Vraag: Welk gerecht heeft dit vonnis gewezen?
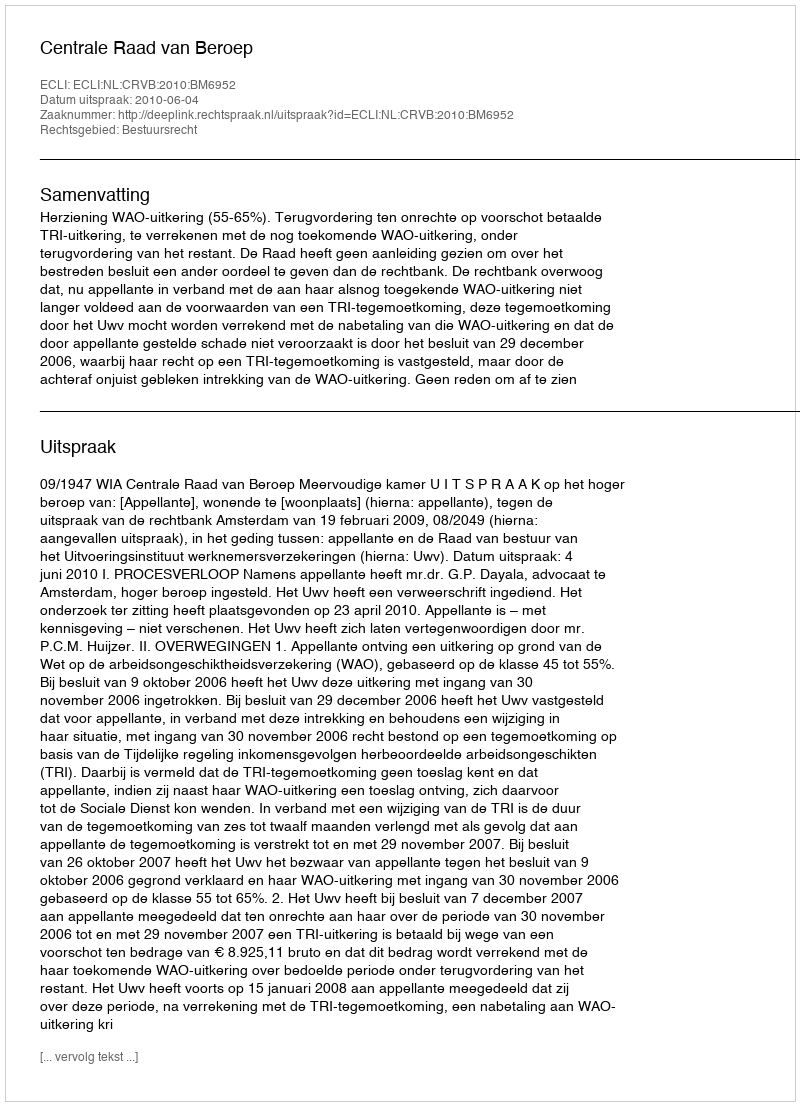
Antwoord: Centrale Raad van Beroep